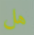
هل